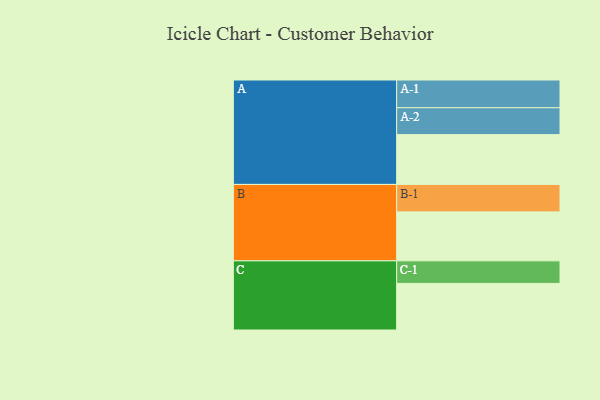
{"axis": {"x": "Segment", "y": "Value"}, "legend": ["", "A", "B", "C"], "data": [{"x": "A", "y": 510, "type": ""}, {"x": "B", "y": 501, "type": ""}, {"x": "C", "y": 477, "type": ""}, {"x": "A-1", "y": 284, "type": "A"}, {"x": "A-2", "y": 275, "type": "A"}, {"x": "B-1", "y": 281, "type": "B"}, {"x": "C-1", "y": 231, "type": "C"}]}